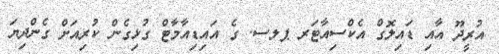
އުރީދޫ އާއި ޑައިލޮގް އެކްސިއާޓަރ ޕލސ. ގެ އައިޑިއާމާޓް ގުޅިގެން ކުރިއަށް ގެންދިޔަ